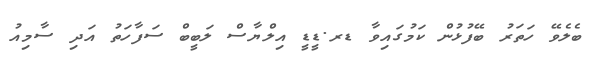
ބެލެވޭ ހަތަރު ބޭފުޅުން ކަމުގައިވާ ޑރ.ޑީޑީ އިލްޔާސް ލަބީބް ސަފާހަތު އަދި ސާމިއު